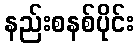
နည်းစနစ်ပိုင်း